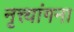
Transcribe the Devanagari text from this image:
नृत्त्यांगना